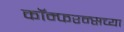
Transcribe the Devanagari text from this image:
कॉन्फरन्सच्या